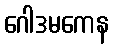
ဂေါဒမကေန